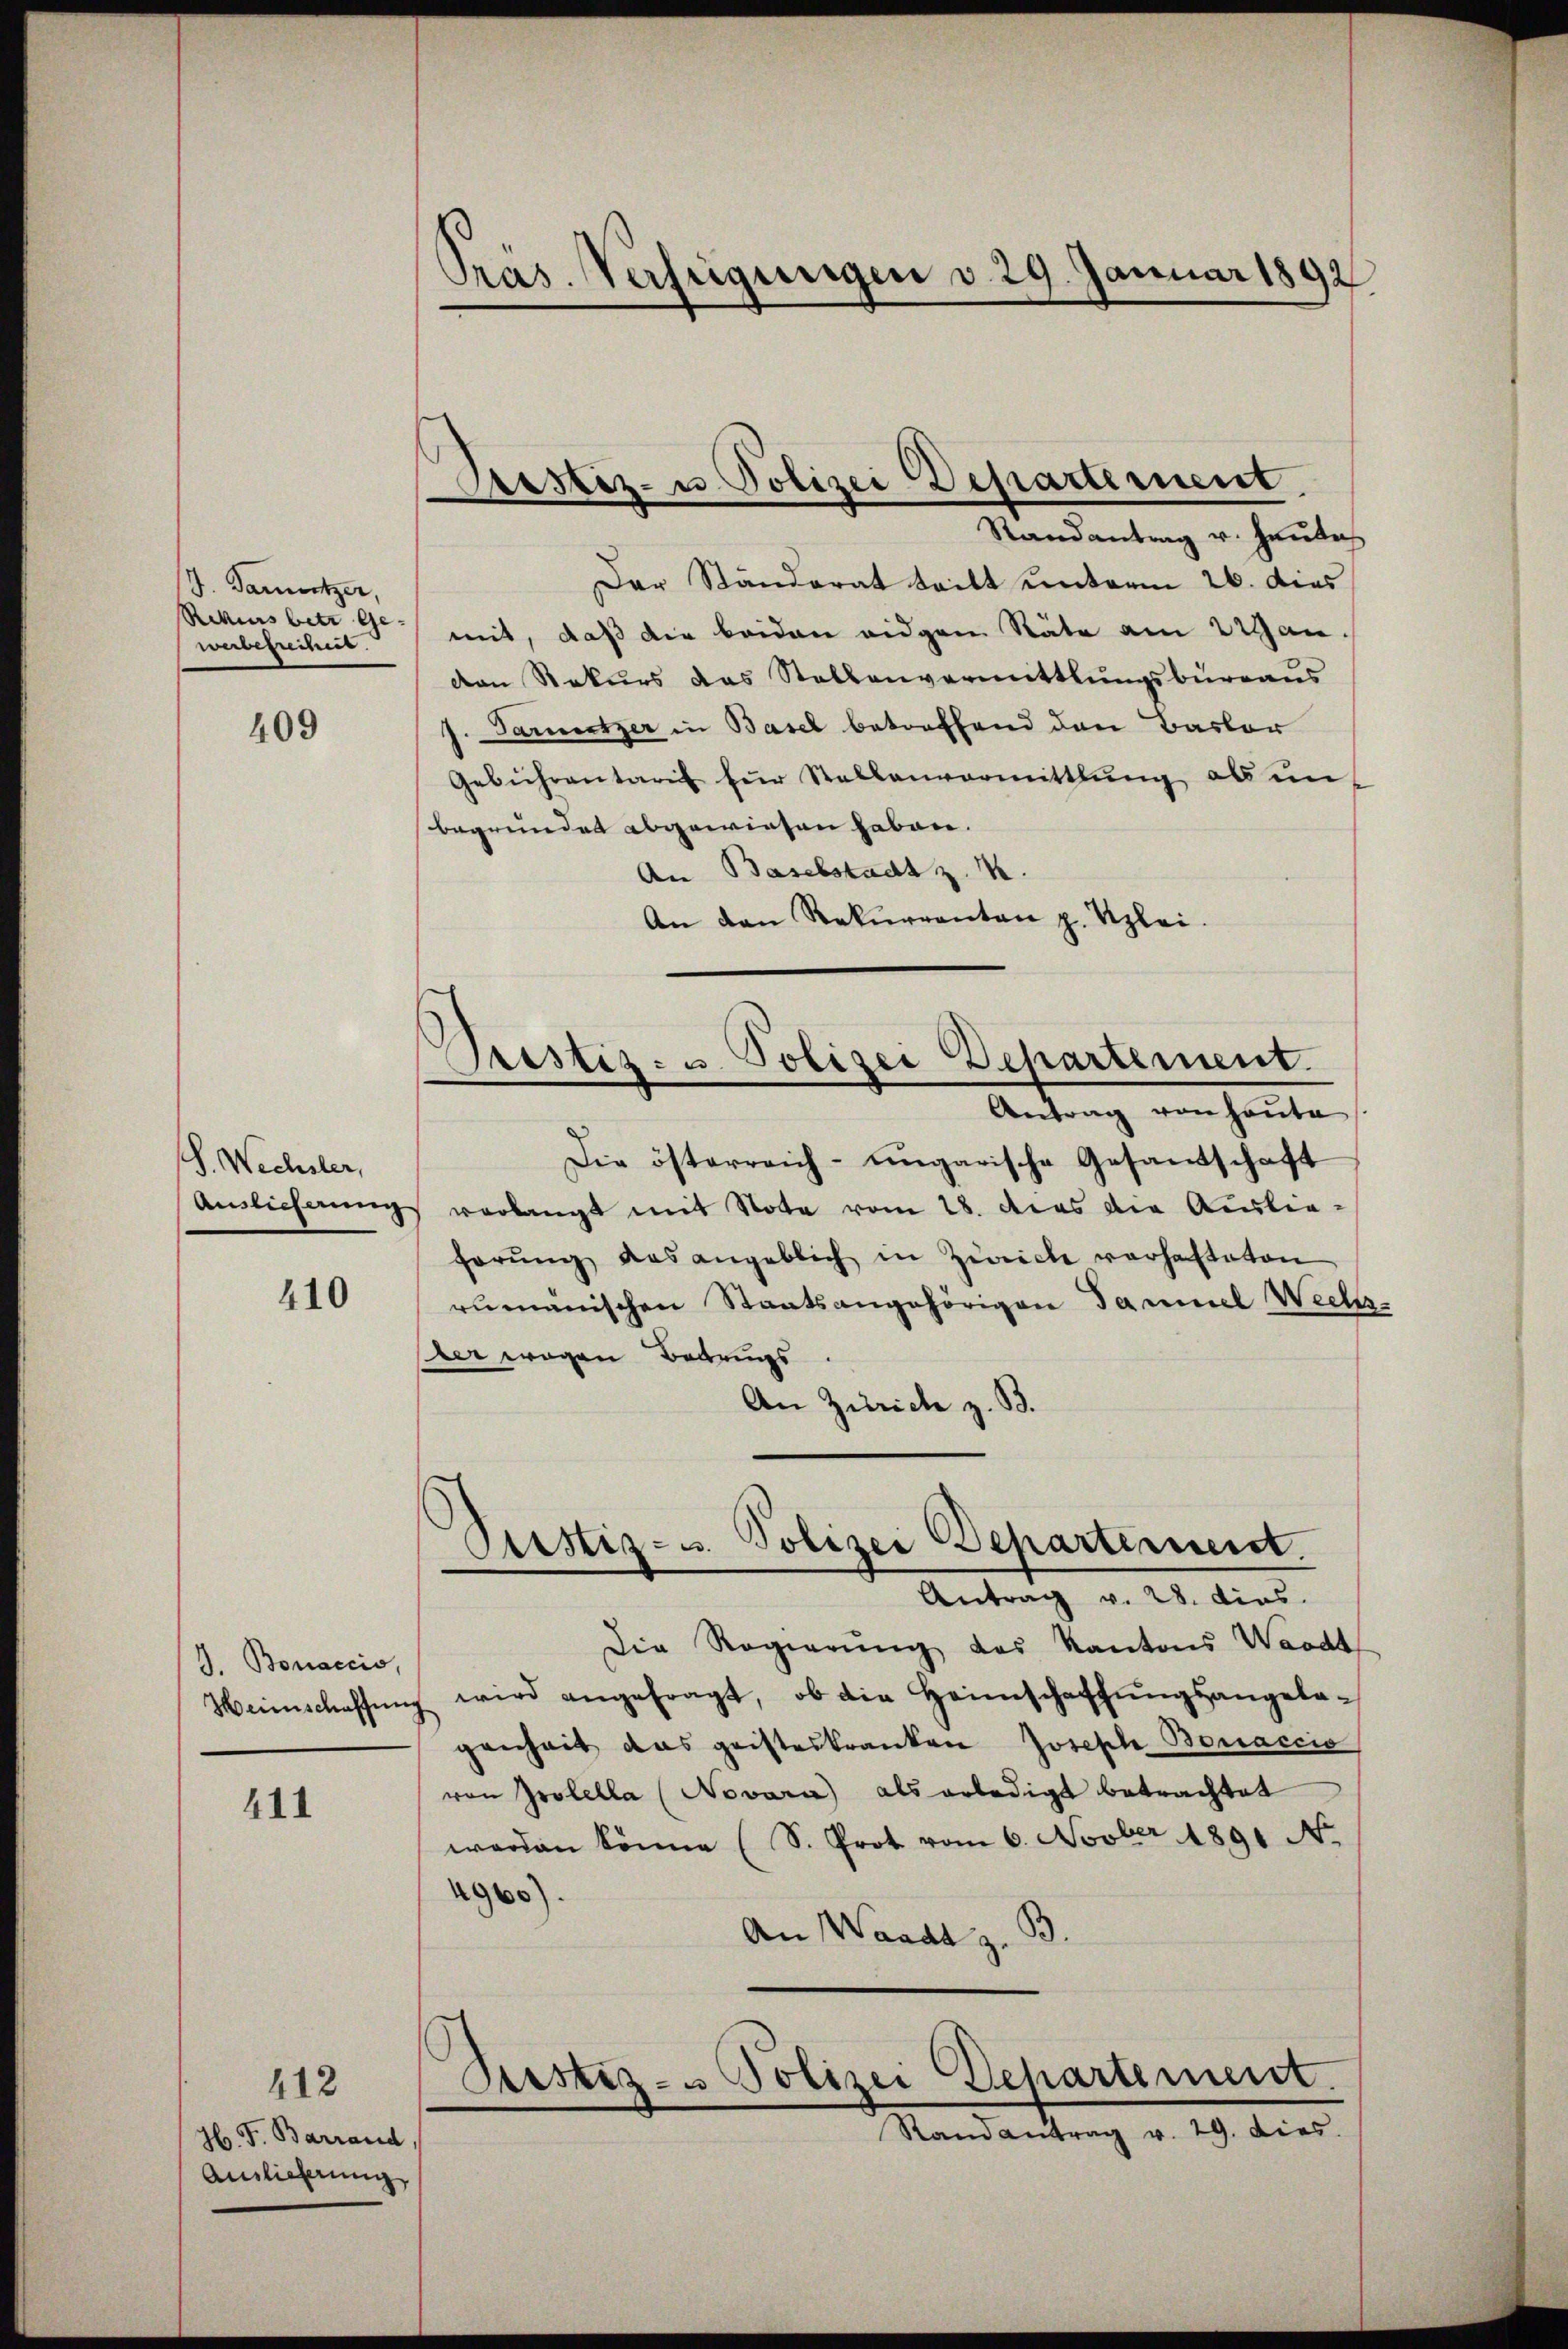
J. Sanitzer,
Rekens betr Ge-
werbefreiheit.

409

S. Wechsler,
Auslieferung

J. Bonaccio,
Heinschaffung

411

410

412
H. F. Barrand,
Anlicherung

Pras. Verfügungen v. 29. Januar 1892

Der Ständerat tritt unterm 26. dies
mit, daß die beiden eidgen Stäte am 22 an-
den Rekurs das Stallenvermittlungsbüreaus
Tarmitzer in Basel betreffend den Basler
Gebührentarif für Stallenvormittlung ab un
begründet abgewiesen haben.
An Baselstadt z. B.
An den Rekurrenten p. Uzlei.

Gerstiz- u Polizei Departement
Randantrag v. Heute

Prestiz- u. Polizei Departement.

Pristiz- u. Polizei Departermeist.
Antrag v. 28. dies

Antrag von heute
Die österreich- ungarische Gesandschaft
verlangt mit Note vom 28. dies die Ausliehörŭng das angeblich in Zwicke verhafteten
rumanischen Staatsangehörigen Taumel Wechs-
Der wegen Bedrungs
An Zürich z. B.

Die Regierung des Kantons Waadt
wird angefragt, ob die Heimschaffungsangelagenheit das geisteskranken Joseph Bonaccis
von Grolella (Novara) als erledigt betrachtet
werden könne (S. Prot vom 6. Novber 1891 No.
29).
.
An Waadt z.
Sistiz- u Polizei Departement.
Randantrag v. 29. dies